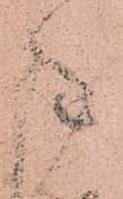
陣